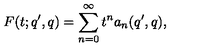
F ( t ; q ^ { \prime } , q ) = \sum _ { n = 0 } ^ { \infty } t ^ { n } a _ { n } ( q ^ { \prime } , q ) ,